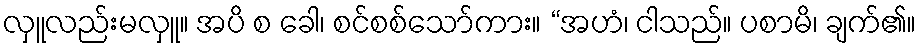
လှူလည်းမလှူ။ အပိ စ ခေါ၊ စင်စစ်သော်ကား။ “အဟံ၊ ငါသည်။ ပစာမိ၊ ချက်၏။